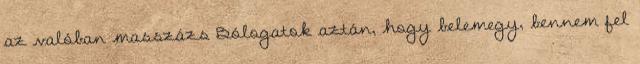
az valóban masszázs Bólogatok aztán, hogy belemegy, bennem fel